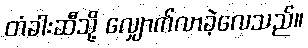
တံခါးဆီသို့ လျှောက်လာခဲ့လေသည်။